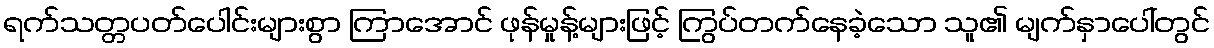
ရက်သတ္တပတ်ပေါင်းများစွာ ကြာအောင် ဖုန်မှုန့်များဖြင့် ကြွပ်တက်နေခဲ့သော သူ၏ မျက်နှာပေါ်တွင်